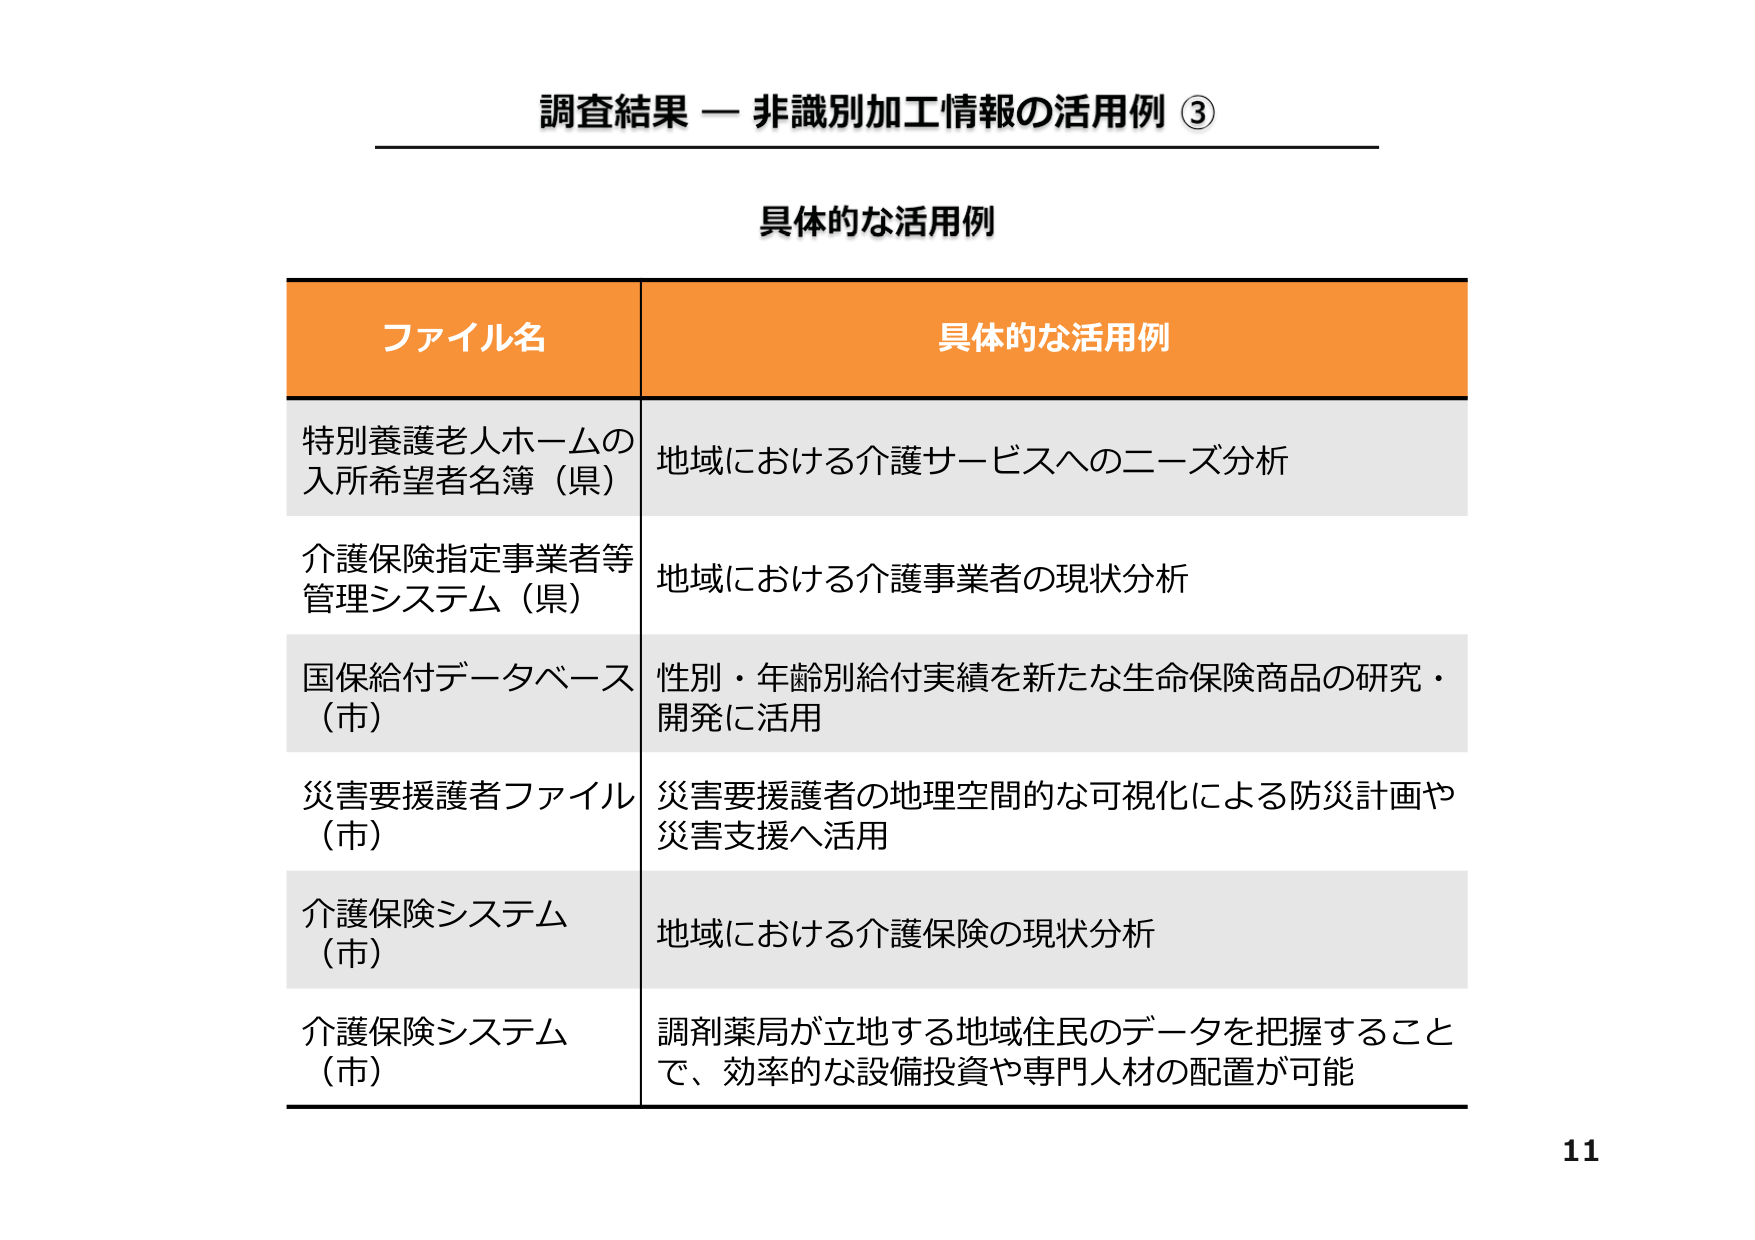
調査結果 — 非識別加工情報の活用例 ③

具体的な活用例

ファイル名	具体的な活用例
特別養護老人ホームの入所希望者名簿（県）	地域における介護サービスへのニーズ分析
介護保険指定事業者等管理システム（県）	地域における介護事業者の現状分析
国保給付データベース（市）	性別・年齢別給付実績を新たな生命保険商品の研究・開発に活用
災害要援護者ファイル（市）	災害要援護者の地理空間的な可視化による防災計画や災害支援へ活用
介護保険システム（市）	地域における介護保険の現状分析
介護保険システム（市）	調剤薬局が立地する地域住民のデータを把握することで、効率的な設備投資や専門人材の配置が可能

11